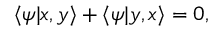
\langle \psi | x , y \rangle + \langle \psi | y , x \rangle = 0 ,